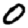
Digit: 0